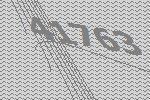
41763